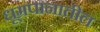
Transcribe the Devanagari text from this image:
धूम्रपानातील